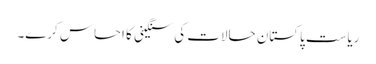
ریاست پاکستان حالات کی سنگینی کا احساس کرے۔